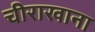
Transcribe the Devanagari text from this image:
चीराखाना